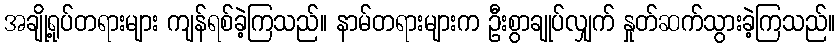
အချို့ရုပ်တရားများ ကျန်ရစ်ခဲ့ကြသည်။ နာမ်တရားများက ဦးစွာချုပ်လျှက် နှုတ်ဆက်သွားခဲ့ကြသည်။